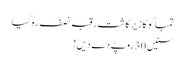
تمباکو کا زیر کاشت رقبہ نصف رہ گیا
سنیں 30 روپے دے دیں!